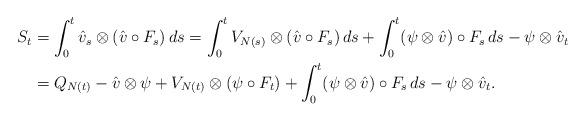
LaTeX: \begin{align*}S_t & = \int_0^t \hat v_s\otimes(\hat v\circ F_s)\,ds=\int_0^t V_{N(s)}\otimes(\hat v\circ F_s)\,ds+\int_0^t (\psi\otimes\hat v)\circ F_s\,ds-\psi\otimes\hat v_t\\ & =Q_{N(t)}-\hat v\otimes\psi+V_{N(t)}\otimes(\psi\circ F_t)+\int_0^t (\psi\otimes \hat v)\circ F_s\,ds-\psi\otimes\hat v_t.\end{align*}